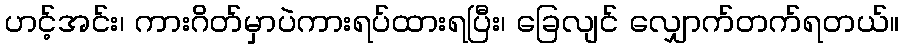
ဟင့်အင်း၊ ကားဂိတ်မှာပဲကားရပ်ထားရပြီး၊ ခြေလျင် လျှောက်တက်ရတယ်။